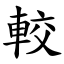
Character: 較